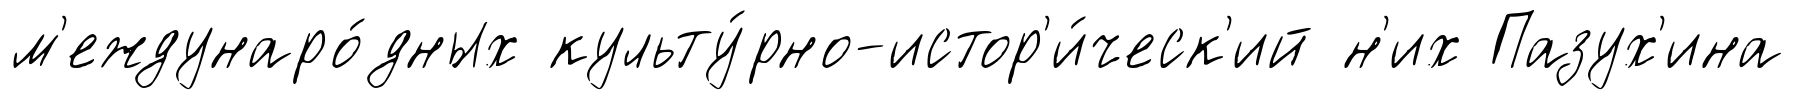
м'еждунаро́дных культу́рно-истор'и́ческ'ий н'их Пазух'ина